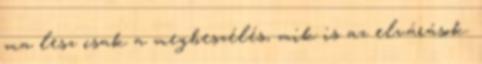
ma lesz csak a megbeszélés, mik is az elvárások.